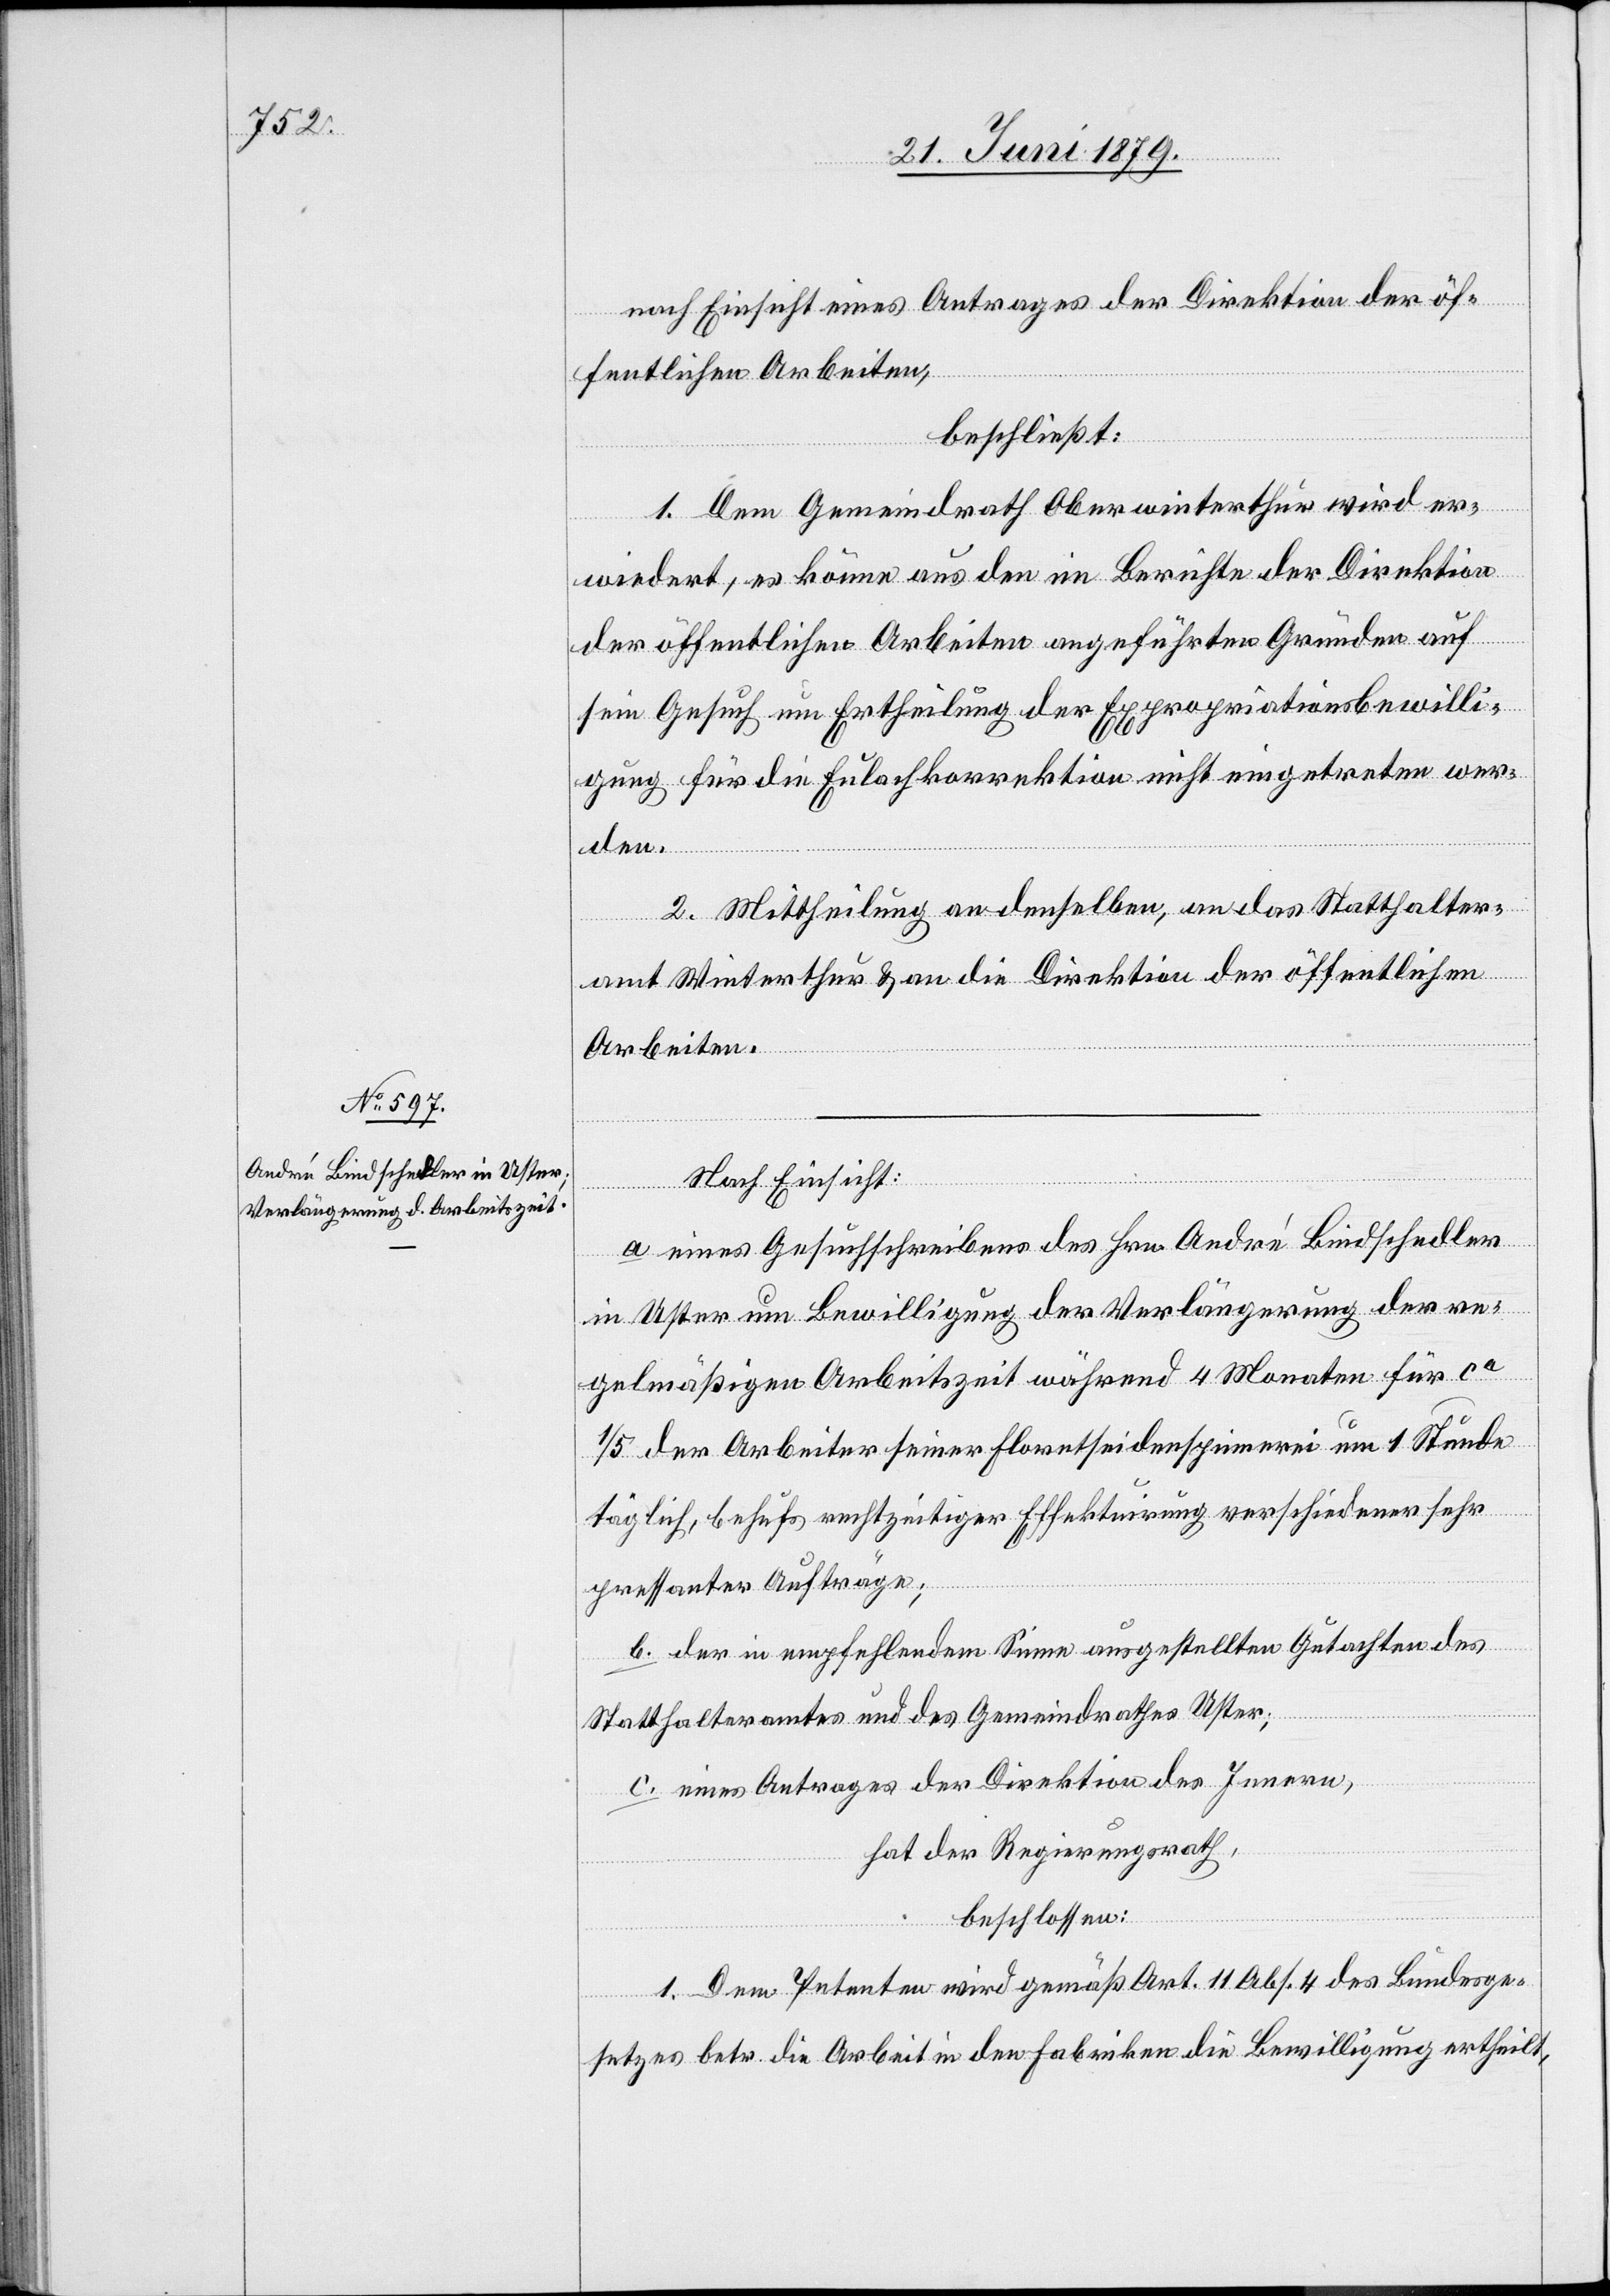
nach Einsicht eines Antrages der Direktion der öf¬
fentlichen Arbeiten,
beschließt:
1. Dem Gemeindrath Oberwinterthur wird er¬
wiedert, es könne aus den im Berichte der Direktion
der öffentlichen Arbeiten angeführten Gründen auf
sein Gesuch um Ertheilung der Expropriationsbewilli¬
gung für die Eulachkorrektion nicht eingetreten wer¬
den.
2. Mittheilung an denselben, an das Statthalter¬
amt Winterthur & an die Direktion der öffentlichen
Arbeiten.
Nach Einsicht:
a. eines Gesuchschreibens des Hrn. André Bindschedler
in Uster um Bewilligung der Verlängerung der re¬
gelmäßigen Arbeitszeit während 4 Monaten für ca
1/5 der Arbeiter seiner Floretseidenspinnerei um 1 Stunde
täglich, behufs rechtzeitiger Effektuirung verschiedener sehr
pressanter Aufträge;
b. der in empfehlendem Sinne ausgestellten Gutachten des
Statthalteramtes und des Gemeindrathes Uster;
c. eines Antrages der Direktion des Innern,
hat der Regierungsrath,
beschlossen:
1. Dem Petenten wird gemäß Art. 11 Abs. 4 des Bundesge¬
setzes betr. die Arbeit in den Fabriken die Bewilligung ertheilt,